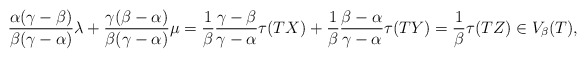
\begin{align*}\frac{\alpha(\gamma - \beta)}{\beta(\gamma - \alpha)} \lambda + \frac{\gamma(\beta - \alpha)}{\beta(\gamma - \alpha)}\mu = \frac{1}{\beta}\frac{\gamma - \beta}{\gamma - \alpha} \tau(TX) + \frac{1}{\beta} \frac{\beta - \alpha}{\gamma- \alpha} \tau(TY)= \frac{1}{\beta} \tau(TZ) \in V_\beta(T),\end{align*}